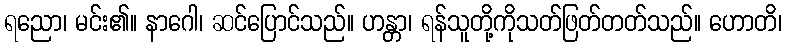
ရညော၊ မင်း၏။ နာဂေါ၊ ဆင်ပြောင်သည်။ ဟန္တာ၊ ရန်သူတို့ကိုသတ်ဖြတ်တတ်သည်။ ဟောတိ၊